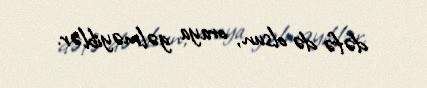
dəfə də olsun, oraya gəlməyiblər.